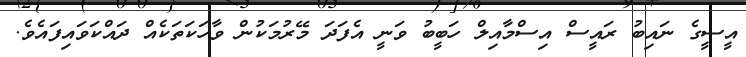
އީސީގެ ނައިބު ރައީސް އިސްމާއިލް ހަބީބު ވަނީ އެފަދަ މޭރުމަކުން ވާހަކަތަކެއް ދައްކަވައިފައެވެ.